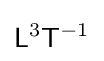
{\mathsf {L}}^{3}{\mathsf {T}}^{-1}